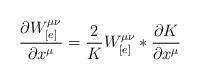
LaTeX: \begin{align*}\frac{\partial W_{[e]}^{\mu\nu}}{\partial x^{\mu}} =\frac{2}{K} W_{[e]}^{\mu\nu} * \frac{\partial K}{\partial x^{\mu}}\end{align*}